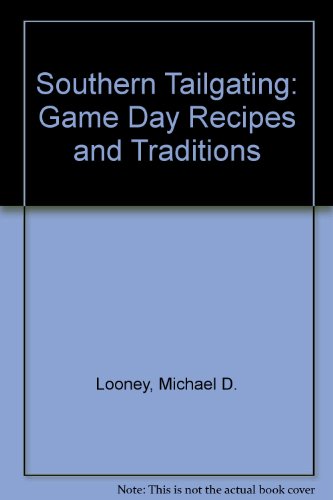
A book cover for Southern Tailgating: Game Day Recipes and Traditions; Michael D.;Looney, Kimberly S. Looney; Cookbooks, Food & Wine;